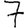
Digit: 7